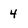
Character: 4